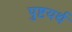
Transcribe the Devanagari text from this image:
पुष्टयर्थ